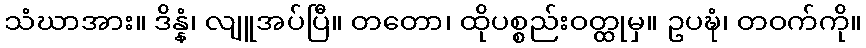
သံဃာအား။ ဒိန္နံ၊ လျူအပ်ပြီ။ တတော၊ ထိုပစ္စည်းဝတ္ထုမှ။ ဥပဍ္ဎံ၊ တဝက်ကို။